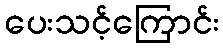
ပေးသင့်ကြောင်း